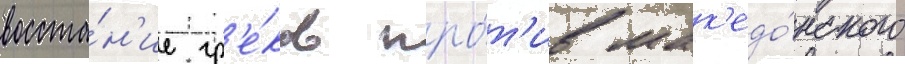
восста́н'ие гр'е́ков про́т'ив мак'едо́нского